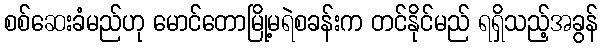
စစ်ဆေးခံမည်ဟု မောင်တောမြို့မရဲစခန်းက တင်နိုင်မည် ရရှိသည့်အခွန်